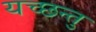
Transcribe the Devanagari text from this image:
यच्छन्तु